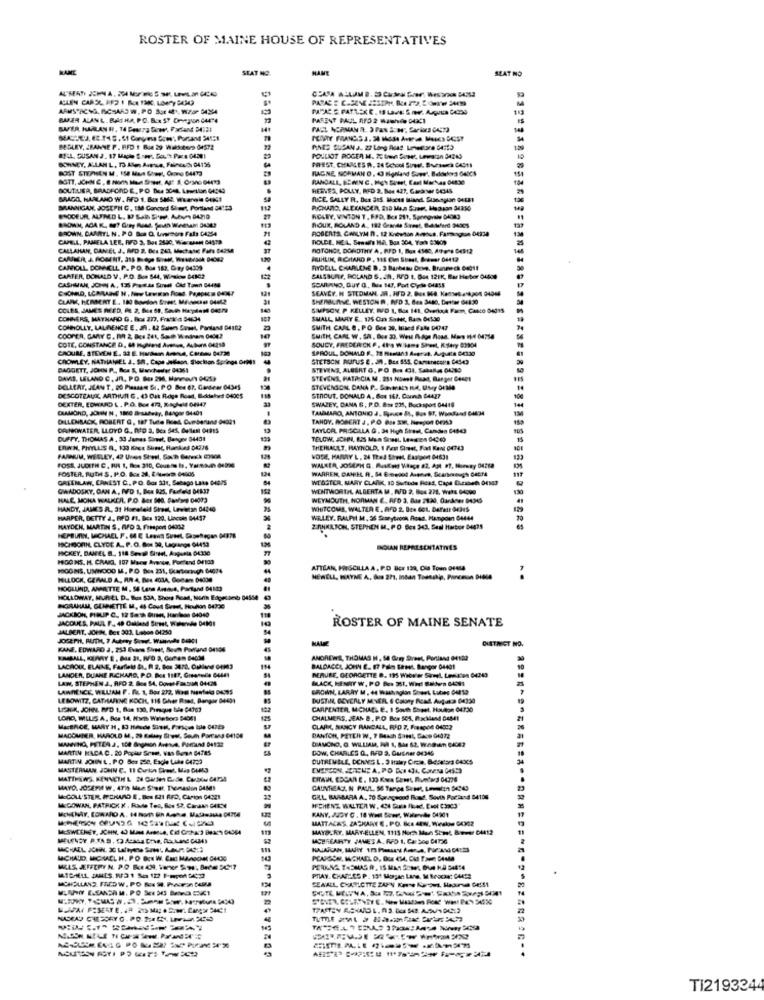
ROSTER OF MAINE HOUSE OF REPRESENTATIVES
NAME
SEAT NO.
NAME
SEAT NO
CEASA ALLAM B. 29 Cardinal Grer: Wesaroch 54542
ARMSTRONG, RICHARD W, PO Sor MY, W.Far 0434
BUFER ALANL. BAISHA, PO. Box SY Dneyin CARTA
PARENT PAUL AFD 2 WITHde DARCI
SAFER, HARLANH, TA PasTra few, Parland DASS
BEGLEY, ZBANNE P. RFD ! But 29 Wals toro.04572
PINES DUPAN J. 22 Long Road Lineare DATES
POULIOT POCER M. Ptme Dower Lewiston 34240
FREST. CHARLES H. 24 School Sund. Burausch CAS1)
15
BOST STERNEN M. 150 Mus Sles, Crane 04473
SOWNEY, ALLAN L. TO Al Aceae, Fainted 04136
RAGNE, NORMAN O, 43 Holland Suw', Bddehors 048CS
RANDALL, BZWEN C. Hgh Dieet, East Marhas 04830
BOUT.UER, BRADFORD E, PO Blea SCAR, LowLlan 0434)
REEVES, POLLY, RED 2. Be 427. Gara 54345
BRAGA, HARLAND W. RFD 1. Bon SMS. Wwanwin C4941
BRANNIGAN, JOSEPH C. EM Concord Sleet, Portland 04'$3
RICHARD, ALECANCER, 210 Man Sureet Heasan 34250
RCLEY, VINTON T. FPD, Bcs 211, Spongvale 04043
BROWN. DAARTL N. PO Bos Q. Uvwmore Fals 04254
BOUK, ROLAND A. 182 Grande Surnet, But telend ONoes
CAPELL, PAMELA LEE, RFD 3, Bos 343C, Wiecasan 64579
CALLAHAN, CANCEL J, MO 2. BE. 267, Mechase Fars B42MA
ROTONDE, DOROTHY A, RED 1, Bos 4560, Alors Des12
CANBER J. ROMENT, 315 MIdye Sie W.DA DON?
JUHLIN, RICHARD P, 115 Cie SUest, Bremer 04412
CANIOLL DONNELL P. P.O. Bos 183, Gay 04339
RYDELL. CHARLENE D. 3 Barbeau Deve. Brunmech 6eğit
CARTER, DONALD V. P.D. Bon 544, Winsky 04102
SALSSUREY, ROLAND S. .., RED 1, But 121K, Bar Harbor Oudos
CASHGAME, JOHN A, 135 Fredda Suredl Old Town SAM
SONIANO, GUY O, INe 147, Port Cycle C4855
SEAVEY. H STEDMAN, JR. HFD 2, Bus HA Kemetakpos (49ME
COLES, JAMES REED, I. 2, ME 58, South Helas4 040-79
SIMPSON P KELLEY. IVD 1, Box 141, OverkaA Farm, CANO 04315
CONNERS, MATHARD G. Rcs 277, Fratta 54634
SMALL MARY E ., 175 Om Sans, Rams 64530
COMOLL'Y, LAURENCE E, Jf. 12 Suem Suaet, Parland 04102
SMITH CARL e , PO Gue 29, Macd Fale DA?47
COTE, CONSTANCE D. O HOMEM Avenue, Auburn 042sa
COOPER, GARY C. PO 2, Bcs 241, Sale Wadern 0404?
SMITH, CARL W. SN. Bce 30. West I don Rosa. Mars 1H4 04714
CROUME, STEVEN E. 33 E. Hardan Arena, Carnes 04720
SOUCY, FREDERICK P. 41:a Wlame Sheet, Ksery 82904
SPROUL DONALD F ., 18 Hisstand Aserut. Augusta 04330
CROWLEY, NATHANIEL 2. SA, Cape Jelleon, Slection Springs Or!
STETSON RUFUS E. JN. Bez 555. Canarecona CASA
DAGGETT, JOHN P ., Rcs &, Manchester 04364
STEVENS, ALBERT O. PO Bo CI, Sataflas 04219
DAVIS, LELAND C. Jnl, PO. Box 2M, Havuh OUS)
STEVENS, PATRICIA M. 251 Howet Rust, Barger Cases
DELLERT, JEAN T, 20 Plassen SI. P.O Bee 67, Genteer 04345
STEVENSON, DANA P .. SONHAS HA, UMy DEMe
DESCOTEAUX, ARTHURI G . (3 Out Ridge Road, B.ddelvet 04005
DEXTER, EDWARD L. P.O. Box 472, RAUMME OFHA?
SWAZEY, DANA 6, P.O. Box 235, Bock:sport 04416
STROUT. DONALD A. Bon 167. Comnh C4427
900
CRAMOND, JOHN N, 1800 B- satway, Bangor 04401
TAMMARO, ANTONIO J. Synge St, Bus 87, Waadand OHM
DILLENBACK, ROBERT G, ta7 Tute Boet, Cumbanane 04021
TANDY, ROBERT J , P.O Gss 3036, Nieegon De33
DANKWATER, LLOYD G ., nrD 2. Bea 545, Dellest G4915
TAYLOR, PRISCALA G . 34 High Staut, Camden E4843
DUFFY, THOMAS A, 30 Junes Sineel, Banyoe 84401
TELCH, JOHN, 835 Man Soest, Lesson 0430)
THEHLAULT, HAYHOLD, I Pent Einest, Fart Kans 04743
PARNUM, WESLEY, 42 Unos Sheel, Soch Gwreck 23908
NOSE, MAMY L. 24 Thed Sheet, Eastpont 04631
FOSS, JUDITH C, RUAS 1, Bo 210, Cousas Is, Yanan debe
FOSTER, ButH S. P.O. Box 34, EAurora 04906
WARREN, DANIEL R. 54 E melod Avance, Scartwings GASTA
GREENLAW, CANEST C. PO. Box 331, Sebago Late 04075
WEBSTER, MARY CLARK, 10 Sufude Reas, Capa Duraben 04103
GWADOSKY, CAN A, HFD 1, Bcx B25. Furfeld DER27
WENTWORTH, ALBERTA M. N/D 2. Bos 278, Weks DAowo
130
HALE, MONA WALKER, P.O. Box 940, Savons 04093
WEYMOUTH, HORMAN E. RFD 3. 6Ja 7120, Ourdeer DA3G
HANDY, JAMES R. 31 Hoeeleld Street, Levitan 04240
WHITCOMS, WALTER E, AFD 2. Box Got. Deren Ochus
HARPER, BETTY 4, RIPD /1. Bcs 120, Lincoln 04457
WIRLEY. RALPH M. 36 Scarybrook Ross, Hangoen 04444
MAYOCH, MARTIN S, AFD 2, Freeport 04902
2.ANKILSON, STEPHEN M. PO Bes 343. Seal Harbor De475
HEPBURIN, MICHAEL F . 64 E Lesws Suaet, Skowhecan 04378
ISCHBORN CLYDE A ., P. O. Box 30, Lagrange 04453
HICKEY, DAMEL B. 118 Sevo Siveel, Apunta 04330
INCHKAN REPRESENTATIVES
HIGGINS. H. CRAIG, 197 Mone Avenue, Porland 04100
HOOGINS, UNNODO I, P.O. Box 231, Scartortugh 64074
ATTLAN, PRISCILLA A, P.O BEE 130, Ole Tom 01414
MILLOCK, GERALD A ., RA 4, Bes 4034, Gocan Done
MEWELL, WAYNE A. Bus 271, Intan Toanckie, Poneman Diese
HOGLUND, ANNETTE M, 56 Lane Armine, Partand DEMO
HOLLOWAY, MURIEL D. Boa S3A, Shows Road, Non Edgesand 04554
INGRAHAM, GUNNETTE M, 46 Cout Street, Houblon 64790
JACKSON, PIEUP C ., 12 Sah Buses, Har less 04040
JACQUES. PAUL F ., 48 Callend Street, Walonede DeMOI
ROSTER OF MAINE SENATE
JALBERT. JOEML, Bet 303. Lisbon 64250
NALE
CASTANGT NO.
KANE, EDWARD J, 253 Evans Sind), Sevn Porfand 04104
ANDREWS, THOMAS N, 14 Gon Srees, Portiand 04100
LACROUL ELAINE, Farfield &, R 2. Box 3870, Oubland 04943
LANDER, DUANE RICHARD, P.O. But 1187, Gressuce G4441
BALDACCI, JOHN E. 17 Palos Sarest, Bangor 04401
LAW, STEPHEN J ., RFO 2, Bee 54, Dove FanouA 04-CMS
BLACK, HENGT W. PO Bos 351, WHI Baldes GASSI
DERURE, GEORGETTE D. 195 Webvier Sirmel. Lesisten 04340
LAWRENCE, WILLIAM F . PL. 1, Bor 232, Wird Nontold DASSS
LEBOWITZ, CATHARINE KOCH, 116 Gher Rset, Bangor 0040)
DUSTINE, BEVERLY MINER. I Colony Read, Augura 04330
CARPENTER, MICHAEL E. I South Shaet, Houston 04:730
LORD, MLUIS A, Bee 14. Hum Weletora B4DE1
CHALMERS, JEAN 2, P.O. Box 505, RxMand DeME!
CLARK, NANCY RANDALL, RAD 7, Freeport 04022
MACOURER, HAROLD M, 29 Kolay Bien, South Parcans 64100
DANTOR, PETER W, 7 Besch Sant, GAce GI ??
MARTIN KACA C. 20 Popla Scon, van Buren 84785
DOW, CHARLES Q, RFD 3. Gusner 84346
MARTIN JOHN L . P.O Sea 250, Eacle Lude C4759
DUTREMBLE, OCHMS L . 3 Haley Cree, 8-45415/3 040℃5
MASTERMAN, JOHN C. 11 Curion Sheet, Mip GUESS
MAYDL JOSEPH W. 4Th MLa Stest. Thomason DAM!
GAUNREAD, N PAUL, 56 Tampa Surpet, Lowweten 04949
GALL BARBARA A. 70 Spnagyon Road, South Portand 84106
MIGOWAN, PATRICK K . Rade Tes, Boe 52, Canaan GARNN
HCHENE WALTER W, CI REA fied. Ciol COCO
MATTALKS, ZACKARY E. PO. Bca 44w, Weske 04302
MAYO-RY, MARY ELLEN, 1115 North Mun Sonst Bimmer CA12
MCHHEARTY. JAMES A, FFO 1, Carbo0 04726
MICHAUD, MICHAEL H. P.O BON W. CHI MANICHE 04KG
PERKAA THOMAS A. 15 MAS SONY, DUE KA 54814
MCHOLLAND. FRED W. PO Roste. Pouron Dula
PRAY. CHATS.CO P. 131 Morgan Lane, M Bracket CANER
SEWALL CHARLOTTE ZAPN Kowe KUos, Hadurva DES !!
TI2193244